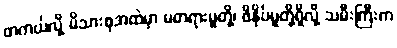
တကယ်လို့ မိသားစုအထဲမှာ မတရားမှုတို့၊ ဖိနှိပ်မှုတို့ရှိလို့ သမီးကြီးက